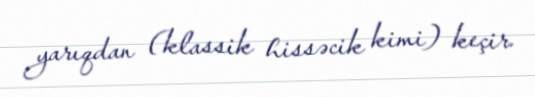
yarıqdan (klassik hissəcik kimi) keçir.